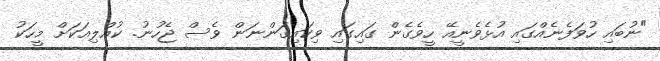
"ނުބައި ހުވަފެނެއްގައި އުޅެވެނީއޭ ހީވެގެން ގައިގައި ވިކައިގަންނަން ވެސް ޖެހުނު. ކުއްލިއަކަށް މީހަކު